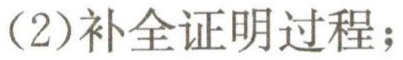
(2)补全证明过程；